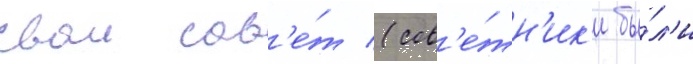
свои сов'е́т (сов'е́тн'ик'и бы́л'и